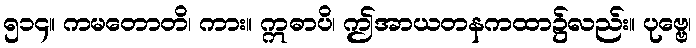
၅၁၄။ ကမတောတိ၊ ကား။ ဣဓာပိ၊ ဤအာယတနကထာ၌လည်း။ ပုဗ္ဗေ၊